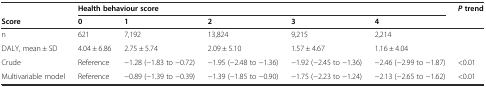
<table><thead><tr><td></td><td colspan="5"><b>Health behaviour score</b></td><td><b><i>P</i>trend</b></td></tr><tr><td><b>Score</b></td><td><b>0</b></td><td><b>1</b></td><td><b>2</b></td><td><b>3</b></td><td><b>4</b></td><td></td></tr></thead><tbody><tr><td>n</td><td>621</td><td>7,192</td><td>13,824</td><td>9,215</td><td>2,214</td><td></td></tr><tr><td>DALY, mean ± SD</td><td>4.04 ± 6.86</td><td>2.75 ± 5.74</td><td>2.09 ± 5.10</td><td>1.57 ± 4.67</td><td>1.16 ± 4.04</td><td></td></tr><tr><td>Crude</td><td>Reference</td><td>−1.28 (−1.83 to −0.72)</td><td>−1.95 (−2.48 to −1.36)</td><td>−1.92 (−2.45 to −1.36)</td><td>−2.46 (−2.99 to −1.87)</td><td>&lt;0.01</td></tr><tr><td>Multivariable model</td><td>Reference</td><td>−0.89 (−1.39 to −0.39)</td><td>−1.39 (−1.85 to −0.90)</td><td>−1.75 (−2.23 to −1.24)</td><td>−2.13 (−2.65 to −1.62)</td><td>&lt;0.01</td></tr></tbody></table>